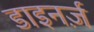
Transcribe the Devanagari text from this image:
डाइनर्ज़